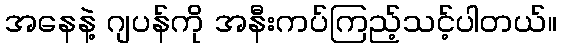
အနေနဲ့ ဂျပန်ကို အနီးကပ်ကြည့်သင့်ပါတယ်။